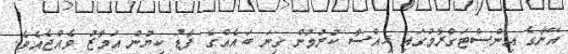
އޭނާގެ އިންސްޓަގްރާމުގައި ހިއްސާ ކުރުމުން ގިނަ ބައެއްގެ ފާާޑު ކިޔުން އަމާޒު ވެއްޖެއެވެ.